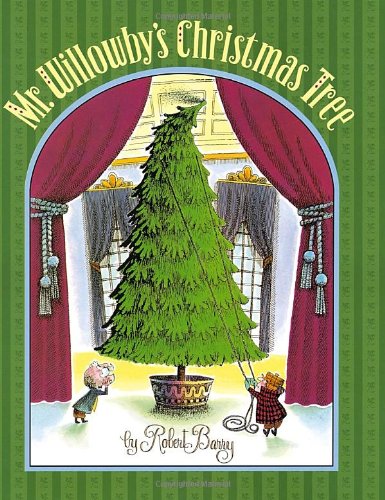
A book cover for Mr. Willowby's Christmas Tree; Robert Barry; Children's Books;